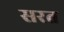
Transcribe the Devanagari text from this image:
सरत